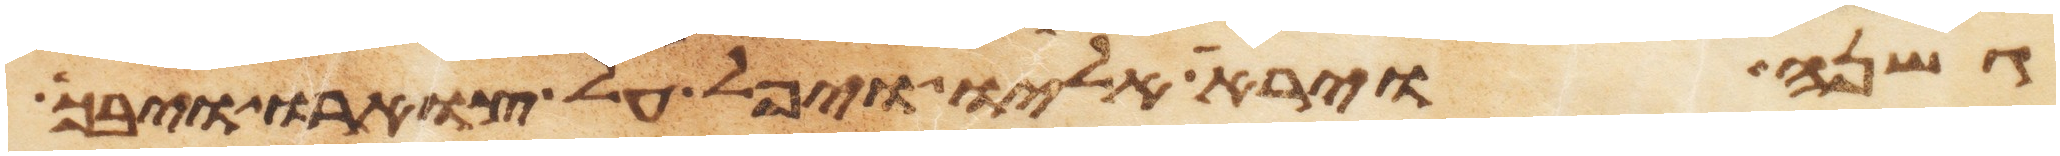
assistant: גשנה וירא אליו ויפל על צוארו ויבך